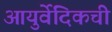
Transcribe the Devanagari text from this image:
आयुर्वेदिकची